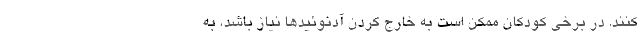
کنند. در برخی کودکان ممکن است به خارج کردن آدنوئیدها نیاز باشد، به